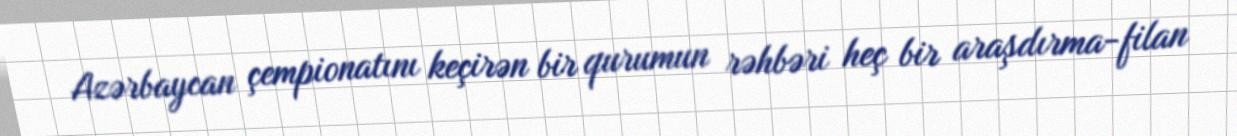
Azərbaycan çempionatını keçirən bir qurumun rəhbəri heç bir araşdırma-filan